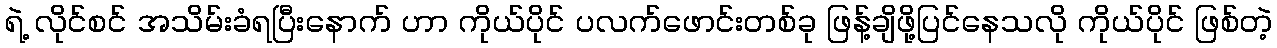
ရဲ့ လိုင်စင် အသိမ်းခံရပြီးနောက် ဟာ ကိုယ်ပိုင် ပလက်ဖောင်းတစ်ခု ဖြန့်ချိဖို့ပြင်နေသလို ကိုယ်ပိုင် ဖြစ်တဲ့